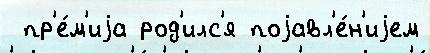
 пр'е́м'иjа род'илс'я поjавл'е́н'иjем